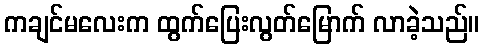
ကချင်မလေးက ထွက်ပြေးလွတ်မြောက် လာခဲ့သည်။